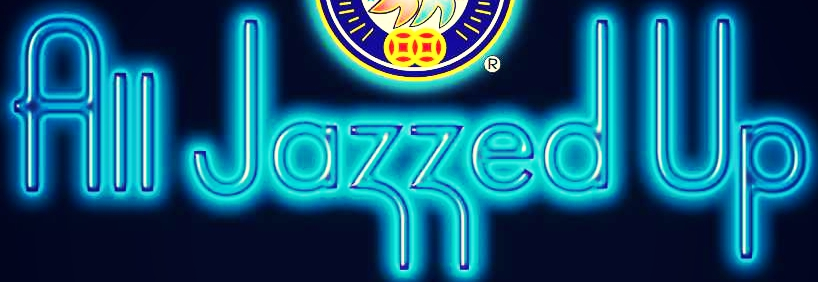
All Jazzed Up